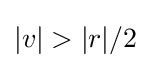
|v|>|r|/2